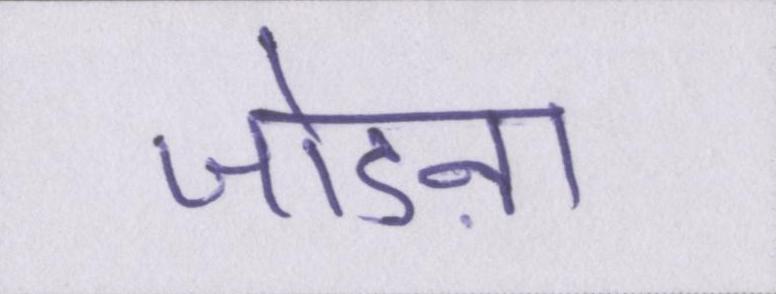
जोडऩा